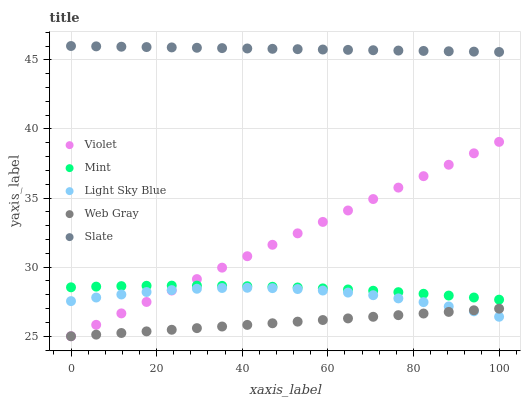
| xaxis_label | Violet | Mint | Light Sky Blue | Web Gray | Slate |
 | --- | --- | --- | --- | --- | --- |
 | 0 | 25 | 28.5 | 27.5 | 25 | 46 |
 | 5.88 | 25.8 | 28.6 | 27.8 | 25.1 | 46 |
 | 11.8 | 26.7 | 28.6 | 28 | 25.2 | 45.9 |
 | 17.6 | 27.5 | 28.7 | 28.2 | 25.4 | 45.9 |
 | 23.5 | 28.3 | 28.7 | 28.3 | 25.5 | 45.9 |
 | 29.4 | 29.1 | 28.7 | 28.4 | 25.6 | 45.9 |
 | 35.3 | 30 | 28.6 | 28.5 | 25.7 | 45.8 |
 | 41.2 | 30.8 | 28.6 | 28.5 | 25.8 | 45.8 |
 | 47.1 | 31.6 | 28.6 | 28.5 | 25.9 | 45.8 |
 | 52.9 | 32.4 | 28.5 | 28.4 | 26.1 | 45.8 |
 | 58.8 | 33.3 | 28.5 | 28.3 | 26.2 | 45.7 |
 | 64.7 | 34.1 | 28.4 | 28.2 | 26.3 | 45.7 |
 | 70.6 | 34.9 | 28.3 | 28 | 26.4 | 45.7 |
 | 76.5 | 35.8 | 28.2 | 27.7 | 26.5 | 45.7 |
 | 82.4 | 36.6 | 28.1 | 27.5 | 26.6 | 45.6 |
 | 88.2 | 37.4 | 27.9 | 27.2 | 26.8 | 45.6 |
 | 94.1 | 38.2 | 27.8 | 26.8 | 26.9 | 45.6 |
 | 100 | 39.1 | 27.6 | 26.4 | 27 | 45.6 |